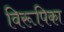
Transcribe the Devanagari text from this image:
विरूपिका